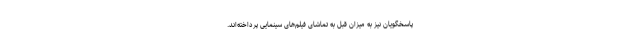
پاسخگویان نیز به میزان قبل به تماشای فیلم‌های سینمایی پرداخته‌اند.